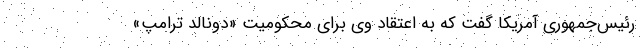
رئیس‌جمهوری آمریکا گفت که به اعتقاد وی برای محکومیت «دونالد ترامپ»